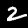
Label: 2